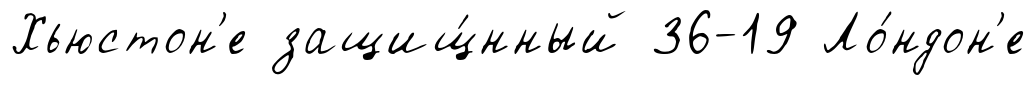
Хьюстон'е защищ́нный 36-19 Ло́ндон'е